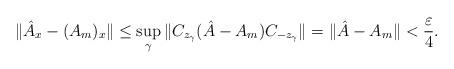
LaTeX: \begin{align*}\| \hat{A}_x - (A_m)_x\| \leq \sup_{\gamma} \| C_{z_\gamma} (\hat{A} - A_m) C_{-z_\gamma}\| = \| \hat{A} - A_m\| < \frac{\varepsilon}{4}.\end{align*}